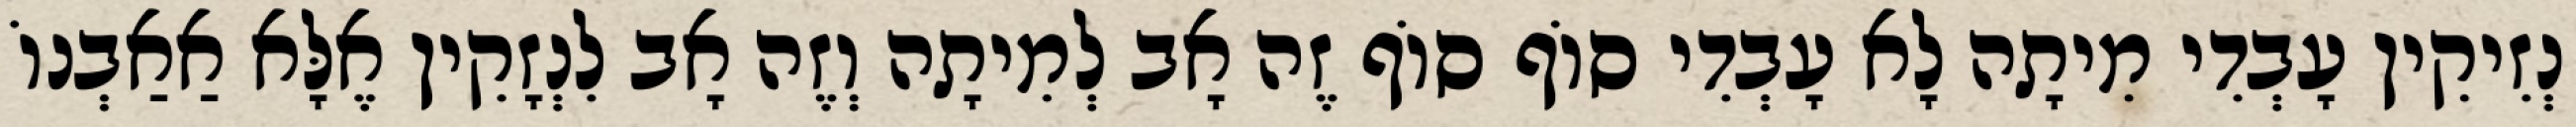
נְזִיקִין עָבְדִי מִיתָה לָא עָבְדִי סוֹף סוֹף זֶה אָב לְמִיתָה וְזֶה אָב לִנְזָקִין אֶלָּא אַאַבְנוֹ